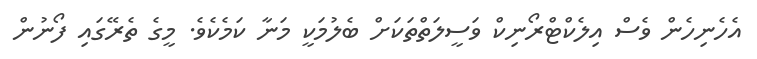
އެހެނިހެން ވެސް އިލެކްޓްރޯނިކް ވަސީލަތްތަކަށް ބެލުމަކީ މަނާ ކަމެކެވެ. މީގެ ތެރޭގައި ފޯނުން